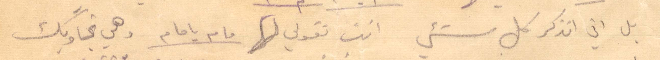
بل اني أتذكر كل شيء انت تقولي لها مام يا مام وهي تجاوبك